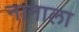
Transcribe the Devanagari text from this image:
नानाला